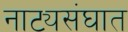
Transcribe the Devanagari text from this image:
नाट्यसंघात